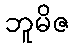
ဘူမိဇ